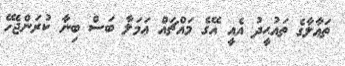
ތަޢާލާގެ ތައުޙީދު އެއީ އޭގެ މައްޗައް ޢަމަލާ ބަސް ބިނާ ކުރަންޖެހޭ